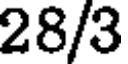
28/3